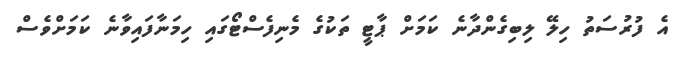
އެ ފުރުސަތު ހިލޭ ލިބިގެންދާނެ ކަމަށް ޕާޓީ ތަކުގެ މެނިފެސްޓޯގައި ހިމަނާފައިވާނެ ކަމަށްވެސް